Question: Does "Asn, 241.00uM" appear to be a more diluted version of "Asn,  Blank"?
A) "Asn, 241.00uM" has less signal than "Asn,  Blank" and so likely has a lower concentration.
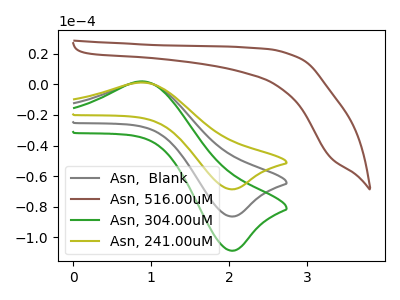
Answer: <think>The gray curve "Asn,  Blank" has an anodic peak at (0.90V, 1.60uA) and a cathodic peak at (2.05V, -86.45uA). The brown curve "Asn, 516.00uM" has no peaks. The green curve "Asn, 304.00uM" has an anodic peak at (0.90V, 3.20uA) and a cathodic peak at (2.05V, -172.90uA). The olive curve "Asn, 241.00uM" has an anodic peak at (0.90V, 1.25uA) and a cathodic peak at (2.05V, -68.65uA).
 All the peaks in "Asn, 241.00uM" have a peak in "Asn,  Blank" at the same potential. Every peak in "Asn, 241.00uM" is lower than every peak in "Asn,  Blank".</think>
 <answer>A) "Asn, 241.00uM" has less signal than "Asn,  Blank" and so likely has a lower concentration.</answer>
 <eval>A</eval>